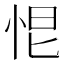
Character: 𢙃